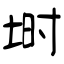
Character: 埘